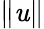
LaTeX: \lVert\mathit{u}\rVert